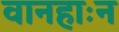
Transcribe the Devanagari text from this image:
वानहाःन